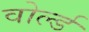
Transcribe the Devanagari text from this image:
वोर्ल्ड